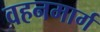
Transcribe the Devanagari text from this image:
वहनमार्ग